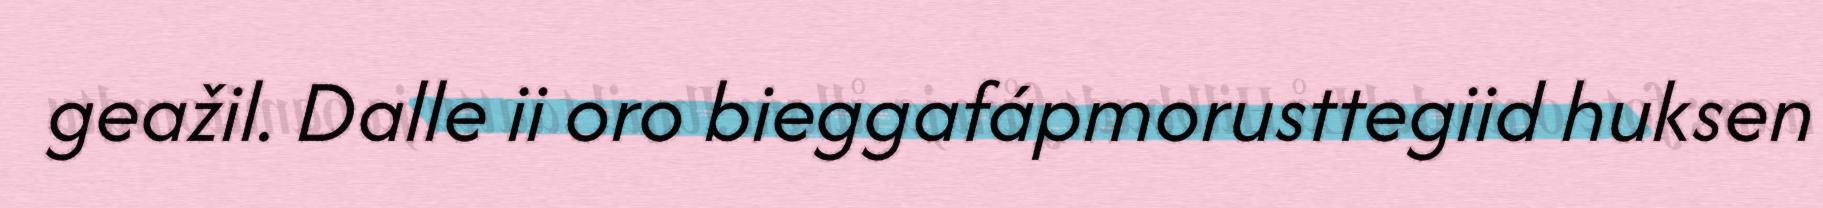
geažil. Dalle ii oro bieggafápmorusttegiid huksen